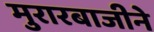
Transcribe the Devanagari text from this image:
मुरारबाजीने